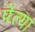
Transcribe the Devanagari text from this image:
पेत्या